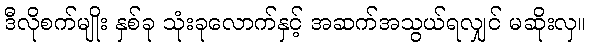
ဒီလိုစက်မျိုး နှစ်ခု သုံးခုလောက်နှင့် အဆက်အသွယ်ရလျှင် မဆိုးလှ။